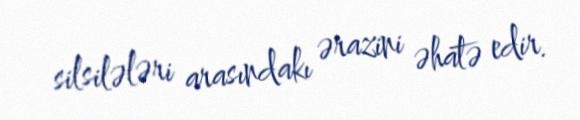
silsilələri arasındakı ərazini əhatə edir.